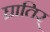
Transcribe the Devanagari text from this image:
घ्रातिर्